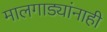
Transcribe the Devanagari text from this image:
मालगाड्यांनाही